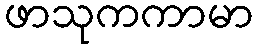
ဖာသုကကာမာ